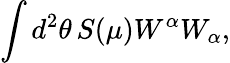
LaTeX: \int d^{2}\theta\, S(\mu)W^{\alpha}W_{\alpha},